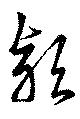
頴